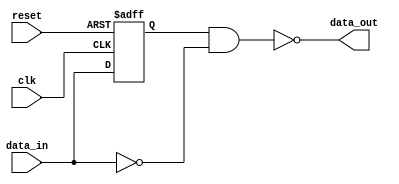
module NOR_Gate_Delay(
  input wire clk,
  input wire reset,
  input wire data_in,
  
  output reg data_out
);

  reg internal_delay;

  always @(posedge clk or posedge reset) begin
    if (reset) begin
      internal_delay <= 0;
    end else begin
      internal_delay <= data_in;
    end
  end

  assign data_out = ~(internal_delay & (~data_in));

endmodule